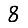
Digit: 8